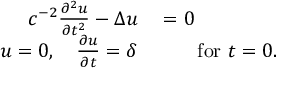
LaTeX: \begin{array} { r l } { c ^ { - 2 } { \frac { \partial ^ { 2 } u } { \partial t ^ { 2 } } } - \Delta u } & { { } = 0 } \\ { u = 0 , \quad { \frac { \partial u } { \partial t } } = \delta } & { { } \qquad { \mathrm { f o r ~ } } t = 0 . } \end{array}